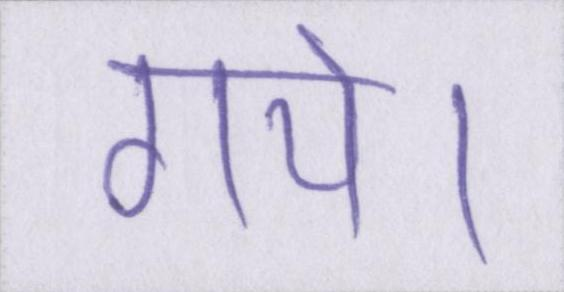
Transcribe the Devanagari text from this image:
गये।